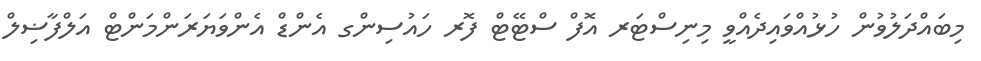
މިބައްދަލުވުން ހުޅުއްވައިދެއްވީ މިނިސްޓަރ އޮފް ސްޓޭޓް ފޮރ ހައުސިންގ އެންޑް އެންވަޔަރަންމަންޓް އަލްފާޟިލް